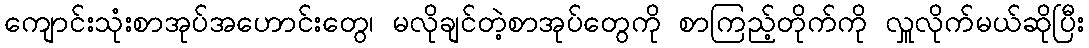
ကျောင်းသုံးစာအုပ်အဟောင်းတွေ၊ မလိုချင်တဲ့စာအုပ်တွေကို စာကြည့်တိုက်ကို လှူလိုက်မယ်ဆိုပြီး